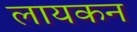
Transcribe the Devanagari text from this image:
लायकन